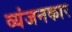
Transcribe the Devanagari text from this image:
व्यंजनकार